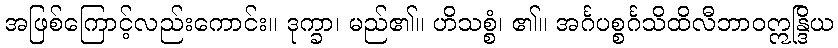
အဖြစ်ကြောင့်လည်းကောင်း။ ဒုက္ခာ၊ မည်၏။ ဟိသစ္စံ၊ ၏။ အင်္ဂပစ္စင်္ဂသိထိလီဘာဝဣန္ဒြိယ